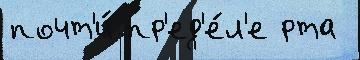
почт'и́ пр'ед'е́л'е рта